Vaccine operations Central Provinces & Berar 1922-1929 - 1922-1929
Year: 1922
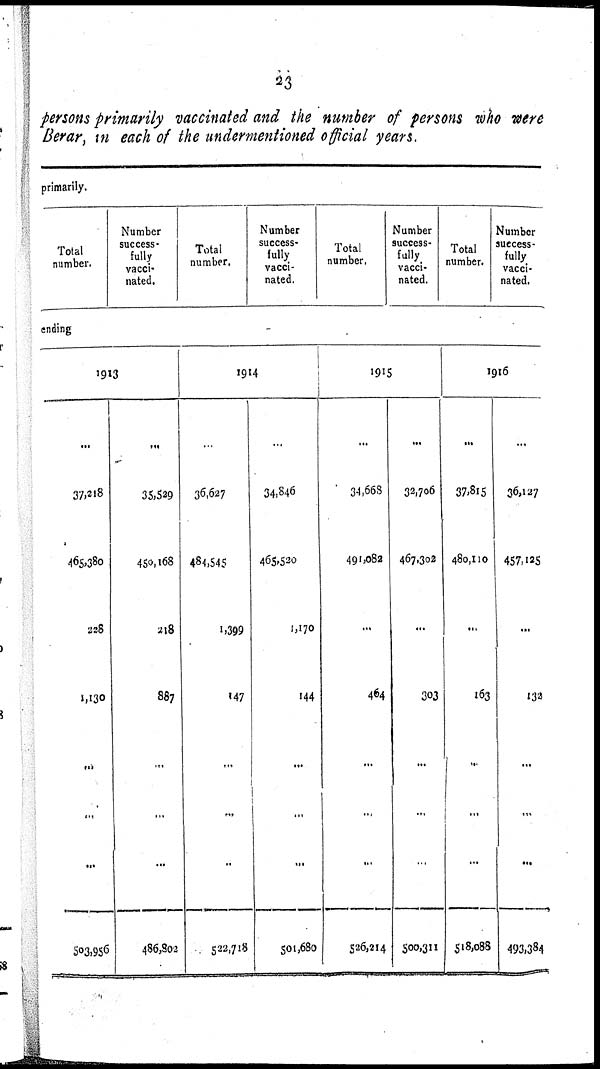
23
persons primarily vaccinated and the number of persons who were
Berar, in each of the undermentioned official years.
primarily.
Total
number.
Number
success¬
fully
vacci-
nated.
Total
number.
Number
success¬
fully
vacci-
nated.
Total
number.
Number
success¬
fully
vacci-
nated.
Total
number.
Number
success-
fully
vacci-
nated.
ending
1913
...
37,218
465,380
228
1,130
...
...
...
503,956
...
35,529
450,168
218
887
...
...
...
486,802
1914
...
36,627
484,545
1,399
147
...
...
...
522,718
...
34,846
465,520
1,170
144
...
...
...
501,680
1915
...
34,668
491,082
...
464
...
...
...
526,214
...
32,706
467,302
...
303
...
...
...
500,311
1916
...
37,815
480,110
...
163
...
...
...
518,088
...
36,127
457,125
...
132
...
...
...
493,384